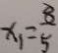
x _ { 1 } = \frac { 8 } { 5 }